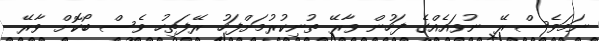
ނަމަވެސް ރޭ ނުވައެއްގެ ފަހުން ވާރޭ ތުނިކުރުމަށްފަހު ރޭފަތިހު ވެސް ބޯކޮށް ވާރޭ